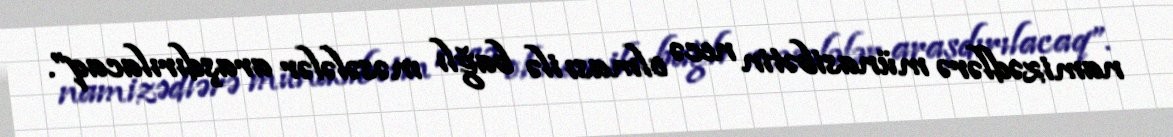
namizədlərə münasibətin necə olması ilə bağlı məsələlər araşdırılacaq”.